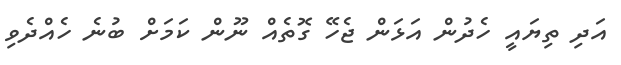
އަދި ތިޔައީ ހެދުން އަޅަން ޖެހޭ ގޮތެއް ނޫން ކަމަށް ބުނެ ހެއްދެވި